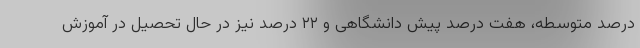
درصد متوسطه، هفت درصد پیش دانشگاهی و ۲۲ درصد نیز در حال تحصیل در آموزش